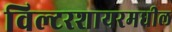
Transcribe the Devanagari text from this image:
विल्टरशायरमधील